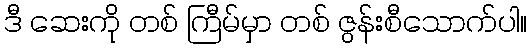
ဒီ ဆေးကို တစ် ကြီမ်မှာ တစ် ဇွန်းစီသောက်ပါ။